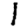
Digit: 1